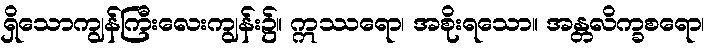
ရှိသောကျွန်ကြီးလေးကျွန်း၌။ ဣဿရော၊ အစိုးရသော။ အန္တလိက္ခစရော၊